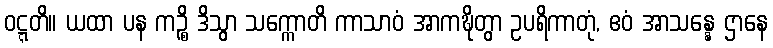
ဝဋ္ဋတိ။ ယထာ ပန ကဉ္စိ ဒိသွာ သက္ကောတိ ကာသာဝံ အာကဍ္ဎိတွာ ဥပရိကာတုံ, ဧဝံ အာသန္နေ ဌာနေ